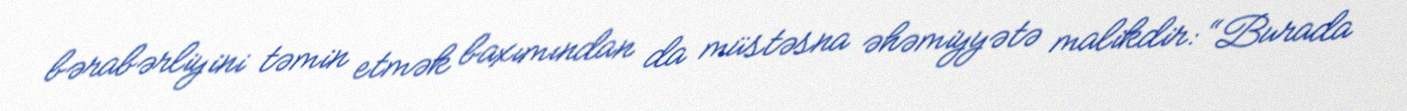
bərabərliyini təmin etmək baxımından da müstəsna əhəmiyyətə malikdir: “Burada